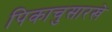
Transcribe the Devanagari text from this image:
पिकाचुसारखे